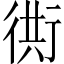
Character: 衖